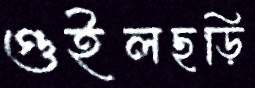
গুইলছড়ি